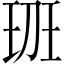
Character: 𤤻